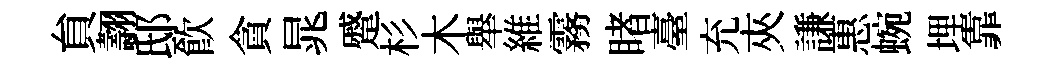
貟翿邸飮貪晁蹙杉木舉維霧睹臺充夾謙惠蜿埋靠